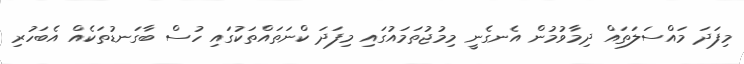
މިފަދަ މައްސަލަތައް ދިމާވުމުން އެނގެނީ މިމުޖުތަމައުގައި މިފަދަ ކްނަތައްތަކުގައި ހުސް ބާގަނޑުތަކެއް އެބަހުރި